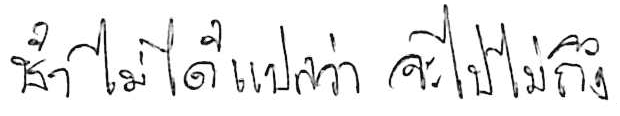
ช้า ไม่ได้แปลว่า จะไปไม่ถึง